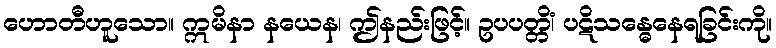
ဟောတီဟူသော။ ဣမိနာ နယေန၊ ဤနည်းဖြင့်။ ဥပပတ္တိံ၊ ပဋိသန္ဓေနေရခြင်းကို။